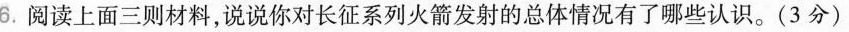
6.阅读上面三则材料，说说你对长征系列火箭发射的总体情况有了哪些认识。(3分)